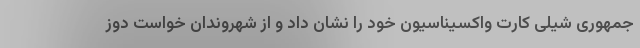
جمهوری شیلی کارت واکسیناسیون خود را نشان داد و از شهروندان خواست دوز